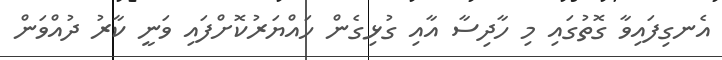
އެނގިފައިވާ ގޮތުގައި މި ހާދިސާ އާއި ގުޅިގެން ހައްޔަރުކޮށްފައި ވަނީ ކާރު ދުއްވަން